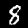
Label: 8